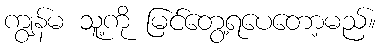
ကျွန်မ သူ့ကို မြင်တွေ့ရပေတော့မည်။